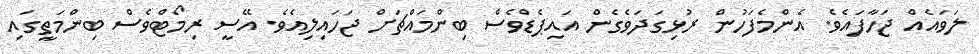
ލަވައެއް ޖަހާފައެވެ. އެންމެފަހުން ރުޅިގަދަވެގެން އައިޕެޑްވެސް ބިންމައްޗަށް ޖަހައިލިއެވެ. އޭސީ ރިމޯޓްވެސް ބިންމަތީގައި